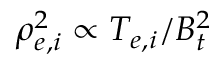
\rho _ { e , i } ^ { 2 } \propto T _ { e , i } / B _ { t } ^ { 2 }